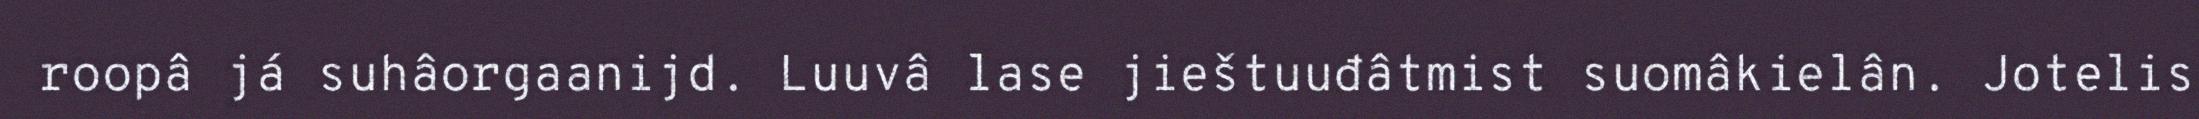
roopâ já suhâorgaanijd. Luuvâ lase jieštuuđâtmist suomâkielân. Jotelis